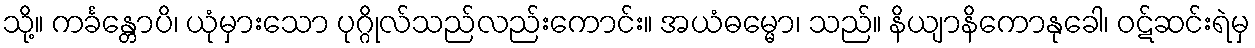
သို့။ ကင်္ခန္တောပိ၊ ယုံမှားသော ပုဂ္ဂိုလ်သည်လည်းကောင်း။ အယံဓမ္မော၊ သည်။ နိယျာနိကောနုခေါ၊ ဝဋ်ဆင်းရဲမှ